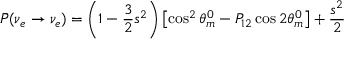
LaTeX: \bar { P } ( \nu _ { e } \rightarrow \nu _ { e } ) = \left( 1 - \frac { 3 } { 2 } s ^ { 2 } \right) \left[ \cos ^ { 2 } \theta _ { m } ^ { 0 } - P _ { 1 2 } \cos 2 \theta _ { m } ^ { 0 } \right] + \frac { s ^ { 2 } } { 2 }